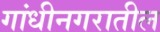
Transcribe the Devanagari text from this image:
गांधीनगरातील